Annual administration and progress report of the Indian Medical Department, Bombay
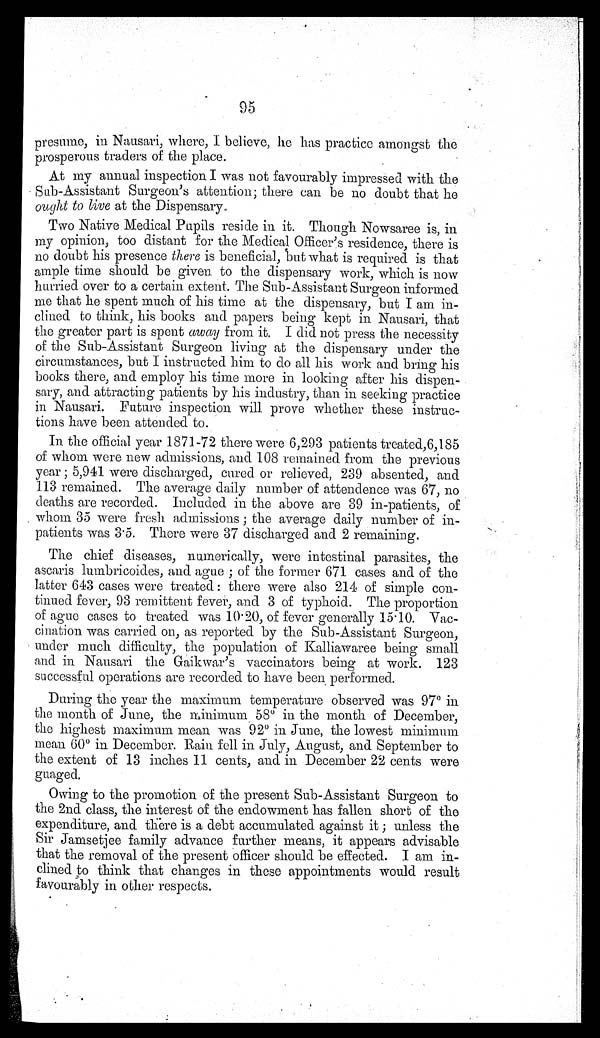
95
presume, in Nausari, where, I believe, he has practice amongst the
prosperous traders of the place.
At my annual inspection I was not favourably impressed with the
Sub-Assistant Surgeon's attention; there can be no doubt that he
ought to live at the Dispensary.
Two Native Medical Pupils reside in it. Though Nowsaree is, in
my opinion, too distant for the Medical Officer's residence, there is
no doubt his presence there is beneficial, but what is required is that
ample time should be given to the dispensary work, which is now
hurried over to a certain extent. The Sub-Assistant Surgeon informed
me that he spent much of his time at the dispensary, but I am in-
clined to think, his books and papers being kept in Nausari, that
the greater part is spent away from it. I did not press the necessity
of the Sub-Assistant Surgeon living at the dispensary under the
circumstances, but I instructed him to do all his work and bring his
books there, and employ his time more in looking after his dispen-
sary, and attracting patients by his industry, than in seeking practice
in Nausari. Future inspection will prove whether these instruc-
tions have been attended to.
In the official year 1871-72 there were 6,293 patients treated, 6,185
of whom were new admissions, and 108 remained from the previous
year; 5,941 were discharged, cured or relieved, 239 absented, and
113 remained. The average daily number of attendence was 67, no
deaths are recorded. Included in the above are 39 in-patients, of
whom 35 were fresh admissions; the average daily number of in-
patients was 3.5. There were 37 discharged and 2 remaining.
The chief diseases, numerically, were intestinal parasites, the
ascaris lumbricoides, and ague; of the former 671 cases and of the
latter 643 cases were treated: there were also 214 of simple con-
tinued fever, 93 remittent fever, and 3 of typhoid. The proportion
of ague cases to treated was 10.20, of fever generally 15.10. Vac-
cination was carried on, as reported by the Sub-Assistant Surgeon,
under much difficulty, the population of Kalliawaree being small
and in Nausari the Gaikwar's vaccinators being at work. 123
successful operations are recorded to have been performed.
During the year the maximum temperature observed was 97º in
the month of June, the minimum 58º in the month of December,
the highest maximum mean was 92º in June, the lowest minimum
mean 60º in December. Rain fell in July, August, and September to
the extent of 13 inches 11 cents, and in December 22 cents were
guaged.
Owing to the promotion of the present Sub-Assistant Surgeon to
the 2nd class, the interest of the endowment has fallen short of the
expenditure, and there is a debt accumulated against it; unless the
Sir Jamsetjee family advance further means, it appears advisable
that the removal of the present officer should be effected. I am in-
clined to think that changes in these appointments would result
favourably in other respects.